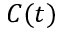
C ( t )